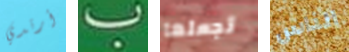
أرتدي ب تجعلها الناس